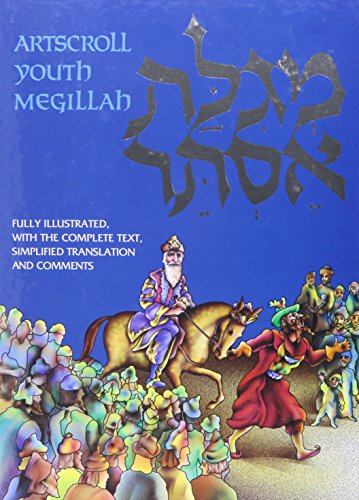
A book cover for The Artscroll Youth Megillah: Fully Illustrated with the Complete Text, Simplified Translation and Comments (The Artscroll Youth Series); Nosson Scherman; Teen & Young Adult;